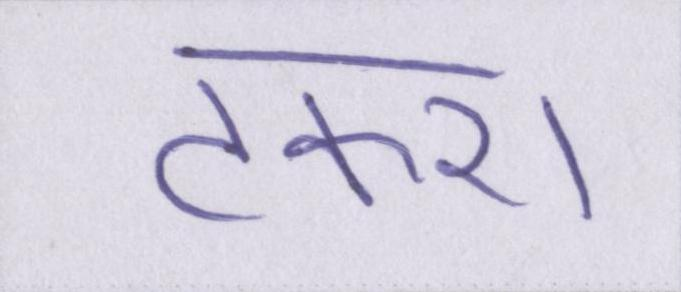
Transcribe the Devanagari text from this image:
टकरा